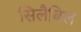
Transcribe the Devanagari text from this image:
सिलैबिल